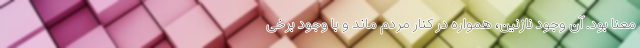
معنا بود. آن وجود نازنین، همواره در کنار مردم ماند و با وجود برخی